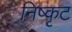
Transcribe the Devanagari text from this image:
निष्कृट